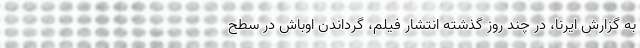
به گزارش ایرنا، در چند روز گذشته انتشار فیلم، گرداندن اوباش در سطح